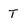
Character: T